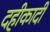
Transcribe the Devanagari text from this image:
दहीकादी